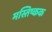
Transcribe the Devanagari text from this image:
मस्तिष्कक